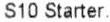
S10 STARTER.